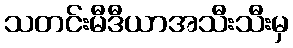
သတင်းမီဒီယာအသီးသီးမှ